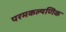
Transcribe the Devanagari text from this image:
परमकल्यणिक